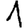
Digit: 1